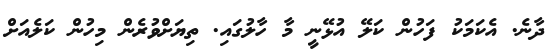
ދާނެ. އެކަމަކު ފަހުން ކަލޭ އުޅޭނީ މާ ހާލުގައި. ތިޔަށްވުރެން މިހުން ކަލެއަށް